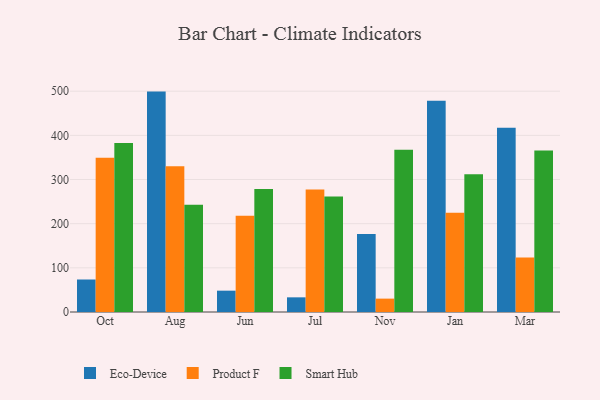
{"axis": {"x": "Month", "y": "Net Income (USD K)"}, "legend": ["Eco-Device", "Product F", "Smart Hub"], "data": [{"x": "Oct", "y": 73.6, "type": "Eco-Device"}, {"x": "Oct", "y": 349.4, "type": "Product F"}, {"x": "Oct", "y": 382.8, "type": "Smart Hub"}, {"x": "Aug", "y": 499.1, "type": "Eco-Device"}, {"x": "Aug", "y": 330.0, "type": "Product F"}, {"x": "Aug", "y": 243.1, "type": "Smart Hub"}, {"x": "Jun", "y": 48.3, "type": "Eco-Device"}, {"x": "Jun", "y": 217.7, "type": "Product F"}, {"x": "Jun", "y": 278.6, "type": "Smart Hub"}, {"x": "Jul", "y": 33.2, "type": "Eco-Device"}, {"x": "Jul", "y": 277.4, "type": "Product F"}, {"x": "Jul", "y": 261.5, "type": "Smart Hub"}, {"x": "Nov", "y": 176.7, "type": "Eco-Device"}, {"x": "Nov", "y": 30.3, "type": "Product F"}, {"x": "Nov", "y": 367.4, "type": "Smart Hub"}, {"x": "Jan", "y": 478.5, "type": "Eco-Device"}, {"x": "Jan", "y": 224.5, "type": "Product F"}, {"x": "Jan", "y": 312.0, "type": "Smart Hub"}, {"x": "Mar", "y": 417.0, "type": "Eco-Device"}, {"x": "Mar", "y": 123.3, "type": "Product F"}, {"x": "Mar", "y": 365.5, "type": "Smart Hub"}]}